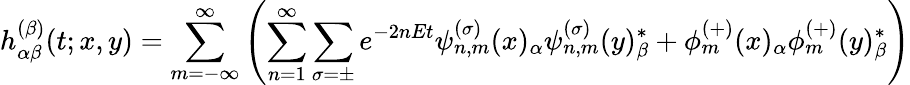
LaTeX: h_{\alpha\beta}^{(\beta)}(t;x,y)=\sum_{m=-\infty}^{\infty}\left(\sum_{n=1}^{\infty}\sum_{\sigma=\pm}e^{-2nEt}{\psi_{n,m}^{(\sigma)}(x)_{\alpha}{\psi}_{n,m}^{(\sigma)}(y)_{\beta}^{*}}+\phi_{m}^{(+)}(x)_{\alpha}\phi_{m}^{(+)}(y)_{\beta}^{*}\right)